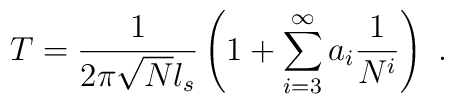
T = \frac{1}{2\pi \sqrt{N} l_s} \left( 1 +\sum_{i=3}^\infty a_i \frac{1}{N^i} \right) \ .